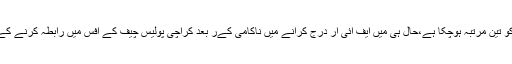
اس کا تجربہ مذکورہ تھانے میں ایک صحافی کو تین مرتبہ ہوچکا ہے،حال ہی میں ایف آئی آر درج کرانے میں ناکامی کےر بعد کراچی پولیس چیف کے آفس میں رابطہ کرنے کے باوجود اس کی ایف آئی آر درج نہیں کی گئی۔